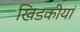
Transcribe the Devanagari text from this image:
खिडकीयां